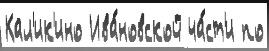
Кал'ик'ино Ива́новской ча́ст'и по